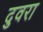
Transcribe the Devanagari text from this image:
दुवरा